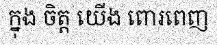
ក្នុង ចិត្ត យើង ពោរពេញ